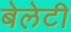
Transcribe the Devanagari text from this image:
बेलेटी